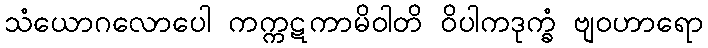
သံယောဂလောပေါ ကက္ကဋကာမိဝါတိ ဝိပါကဒုက္ခံ ဗျဝဟာရော